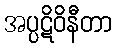
အပ္ပဋိဝိနီတာ